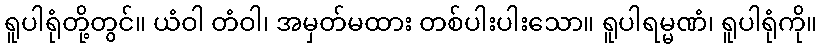
ရူပါရုံတို့တွင်။ ယံဝါ တံဝါ၊ အမှတ်မထား တစ်ပါးပါးသော။ ရူပါရမ္မဏံ၊ ရူပါရုံကို။